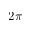
2 \pi